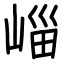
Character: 崰